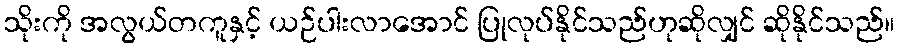
သိုးကို အလွယ်တကူနှင့် ယဉ်ပါးလာအောင် ပြုလုပ်နိုင်သည်ဟုဆိုလျှင် ဆိုနိုင်သည်။